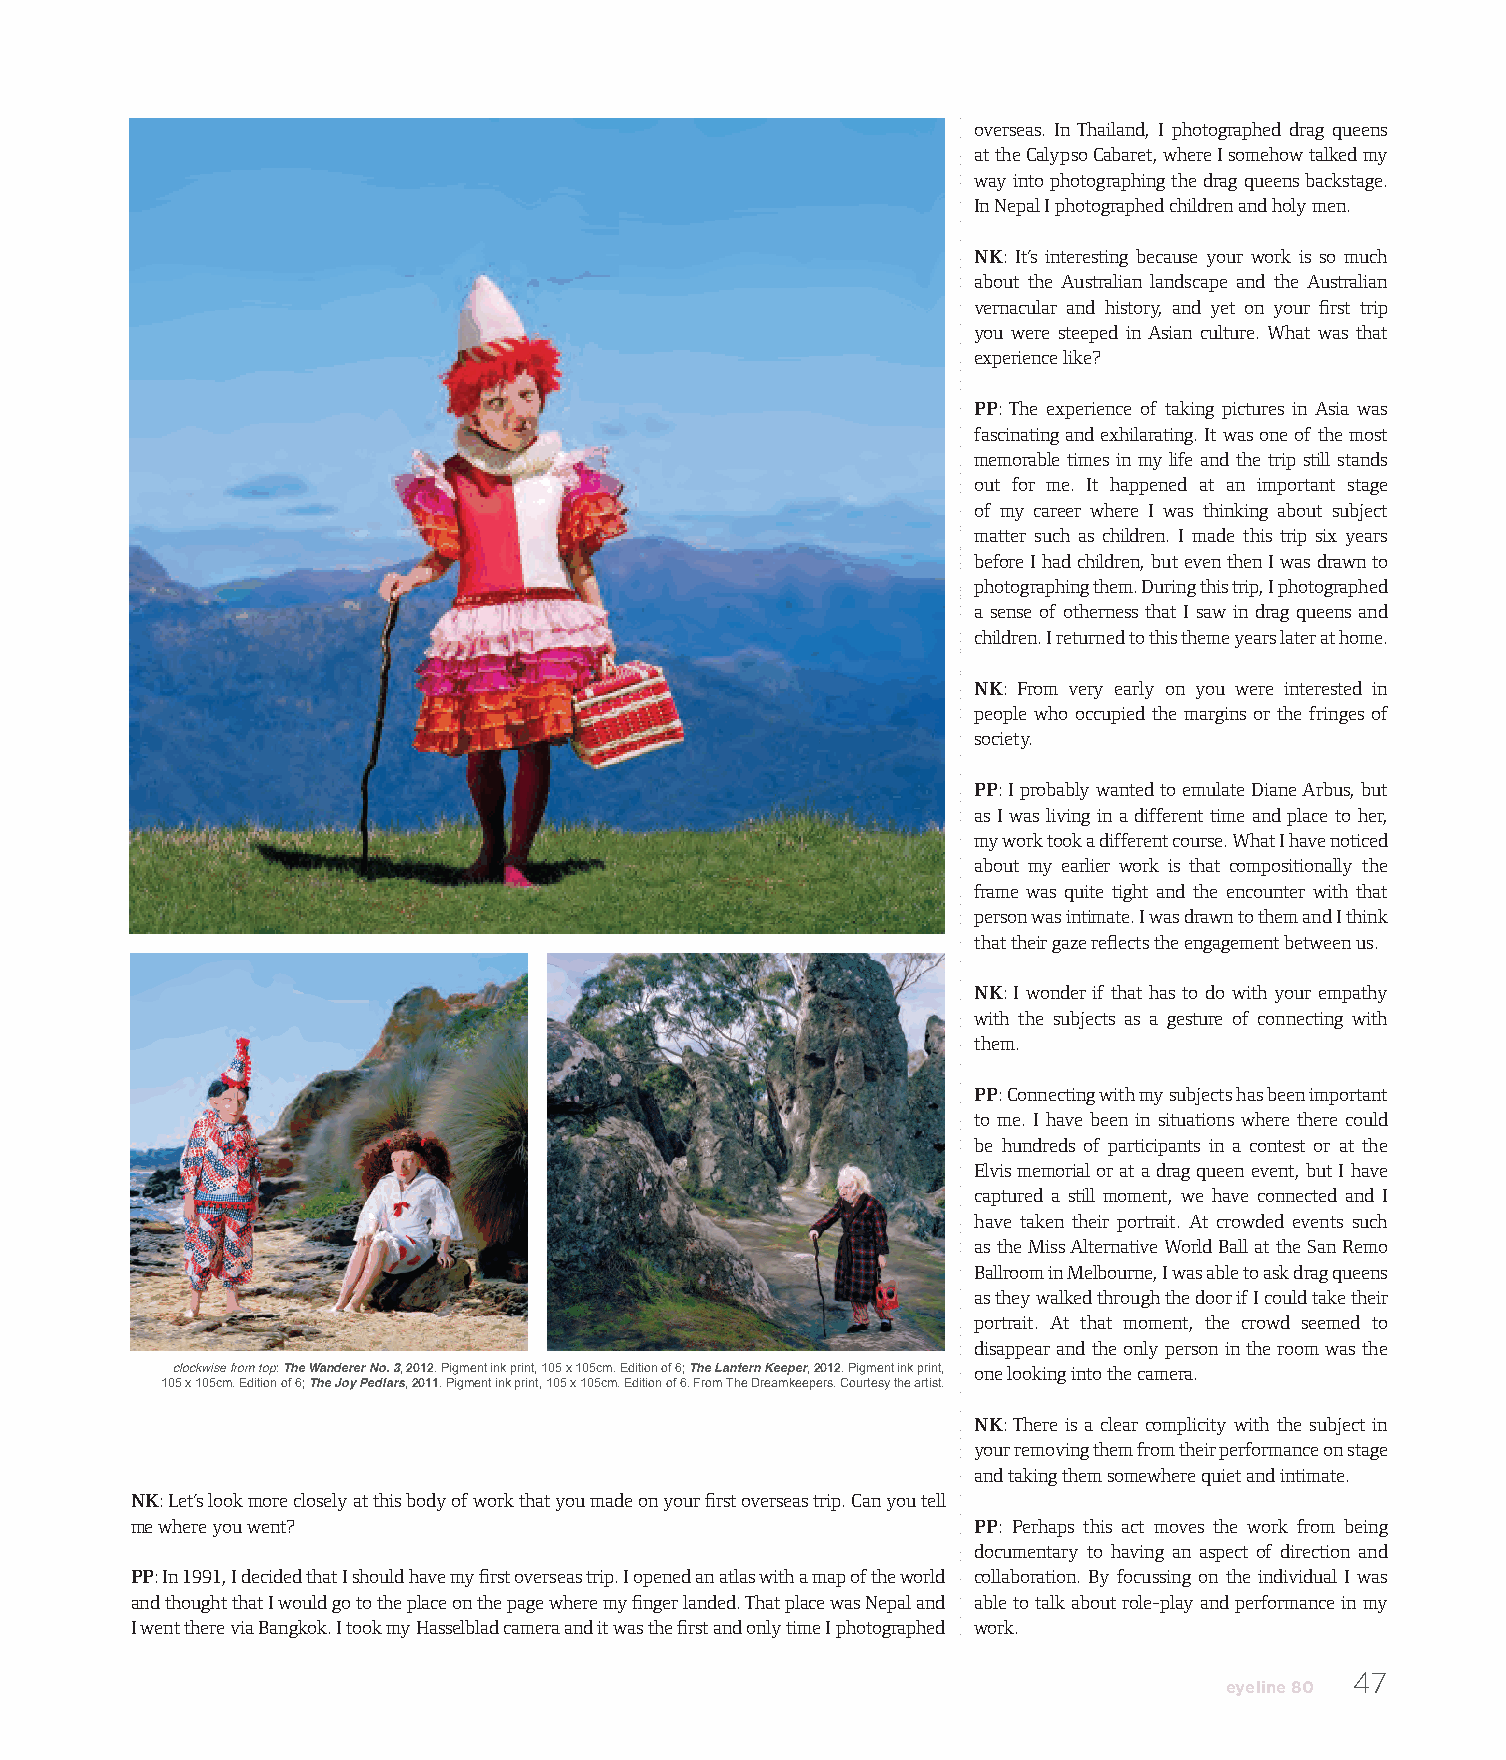
overseas. In Thailand, I photographed drag queens
 at the Calypso Cabaret, where I somehow talked my
 way into photographing the drag queens backstage.
 In Nepal I photographed children and holy men.
 NK: It’s interesting because your work is so much
 about the Australian landscape and the Australian
 vernacular and history, and yet on your first trip
 you were steeped in Asian culture. What was that
 experience like?
 PP: The experience of taking pictures in Asia was
 fascinating and exhilarating. It was one of the most
 memorable times in my life and the trip still stands
 out for me. It happened at an important stage
 of my career where I was thinking about subject
 matter such as children. I made this trip six years
 before I had children, but even then I was drawn to
 photographing them. During this trip, I photographed
 a sense of otherness that I saw in drag queens and
 children. I returned to this theme years later at home.
 NK: From very early on you were interested in
 people who occupied the margins or the fringes of
 society.
 PP: I probably wanted to emulate Diane Arbus, but
 as I was living in a different time and place to her,
 my work took a different course. What I have noticed
 about my earlier work is that compositionally the
 frame was quite tight and the encounter with that
 person was intimate. I was drawn to them and I think
 that their gaze reflects the engagement between us.
 NK: I wonder if that has to do with your empathy
 with the subjects as a gesture of connecting with
 them.
 PP: Connecting with my subjects has been important
 to me. I have been in situations where there could
 be hundreds of participants in a contest or at the
 Elvis memorial or at a drag queen event, but I have
 captured a still moment, we have connected and I
 have taken their portrait. At crowded events such
 as the Miss Alternative World Ball at the San Remo
 Ballroom in Melbourne, I was able to ask drag queens
 as they walked through the door if I could take their
 portrait. At that moment, the crowd seemed to
 disappear and the only person in the room was the
 clockwise from top: The Wanderer No. 3, 2012. Pigment ink print, 105 x 105cm. Edition of 6; The Lantern Keeper, 2012. Pigment ink print, one looking into the camera.
 105 x 105cm. Edition of 6; The Joy Pedlars, 2011. Pigment ink print, 105 x 105cm. Edition of 6. From The Dreamkeepers. Courtesy the artist.
 NK: There is a clear complicity with the subject in
 your removing them from their performance on stage
 and taking them somewhere quiet and intimate.
 NK: Let’s look more closely at this body of work that you made on your first overseas trip. Can you tell
 me where you went?                                      PP: Perhaps this act moves the work from being
 documentary to having an aspect of direction and
 PP: In 1991, I decided that I should have my first overseas trip. I opened an atlas with a map of the world collaboration. By focussing on the individual I was
 and thought that I would go to the place on the page where my finger landed. That place was Nepal and able to talk about role-play and performance in my
 I went there via Bangkok. I took my Hasselblad camera and it was the first and only time I photographed work.
 47
 eyeline 80